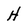
Character: H